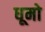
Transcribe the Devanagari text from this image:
धूमो